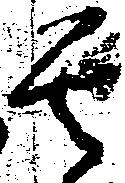
其